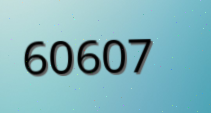
60607